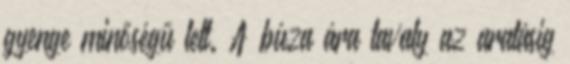
gyenge minőségű lett. A búza ára tavaly az aratásig